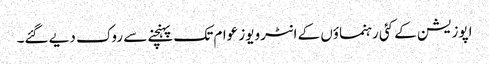
اپوزیشن کے کئی رہنماؤں کے انٹرویوز عوام تک پہنچنے سے روک دیے گئے۔